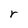
Character: r